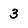
Character: 3